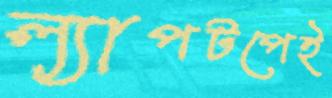
ল্যাপটপেই